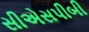
સીએસપીબી